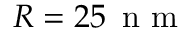
R = 2 5 \, \mathrm { ~ n ~ m ~ }